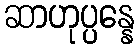
ဆာဟုပ္ပန္နေ